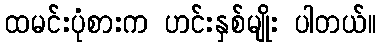
ထမင်းပုံစားက ဟင်းနှစ်မျိုး ပါတယ်။